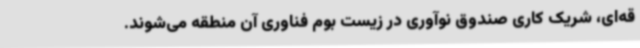
قه‌ای، شریک کاری صندوق نوآوری در زیست بوم فناوری آن منطقه می‌شوند.